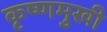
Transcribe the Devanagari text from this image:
कृष्णमुखी